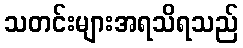
သတင်းများအရသိရသည်